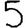
Digit: 5